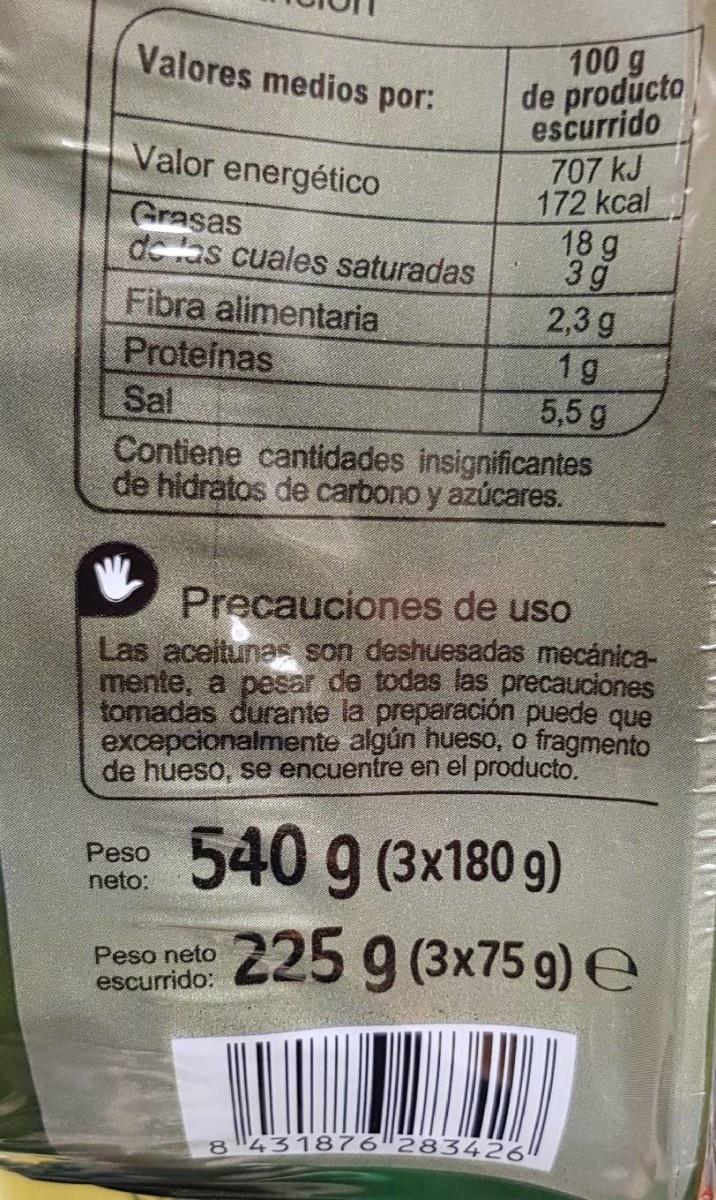
Valores medios por:
de producto escurrido
100 g
Valor energético
707 kJ 172 kcal 18 g 3 g 2,3 g
Grasas dc las cuales saturadas
Fibra alimentaria Proteinas Sal Contiene cantidades insignificantes de hidratos de carbono y azúcares.
1g 5,5 g
Precauciones de uso
Las aceitunas son deshuesadas mecánica- mente, a pesar de todas las precauciones tomadas durante la preparación puede que excepcionalmente algún hueso, o fragmento de hueso, se encuentre en el producto.
Peso neto:
540 g (3x180 g)
Peso neto escurrido:
225 9 (3x75 g) e
8 431876"283426